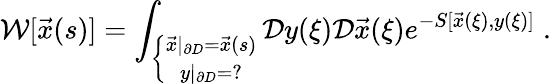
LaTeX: \mathcal{W}[\vec{{x}}(s)]=\int_{\left\{ \begin{array}{c}{{\vec{x}|_{\partial D}=\vec{x}(s)}}\\ {{y|_{\partial D}=?}}\end{array}\right.}\mathcal{{D}}y(\xi)\mathcal{{D}}\vec{{x}}(\xi)e^{-S[\vec{{x}}(\xi),y(\xi)]}\; .